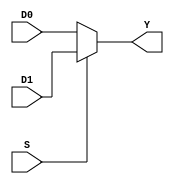
module mux (Y, D0, D1, S);

parameter W = 32;

output [W-1:0] Y;
input [W-1:0] D0, D1;
input S;

assign Y = (S) ? D1 : D0;

endmodule